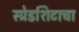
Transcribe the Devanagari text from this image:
स्प्रेडशिटाचा